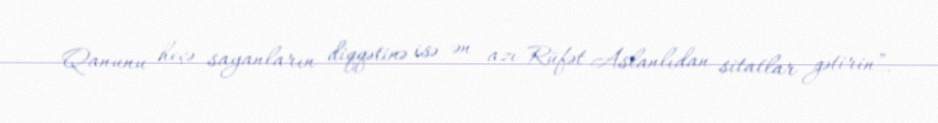
Qanunu heçə sayanların diqqətinə isə ən azı Rüfət Aslanlıdan sitatlar gətirin”.